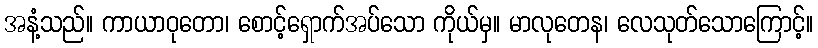
အနံ့သည်။ ကာယာဝုတော၊ စောင့်ရှောက်အပ်သော ကိုယ်မှ။ မာလုတေန၊ လေသုတ်သောကြောင့်။